Annual report of the Punjab Veterinary College and of the Civil Veterinary Department, Punjab - 1926-1932
Year: 1926
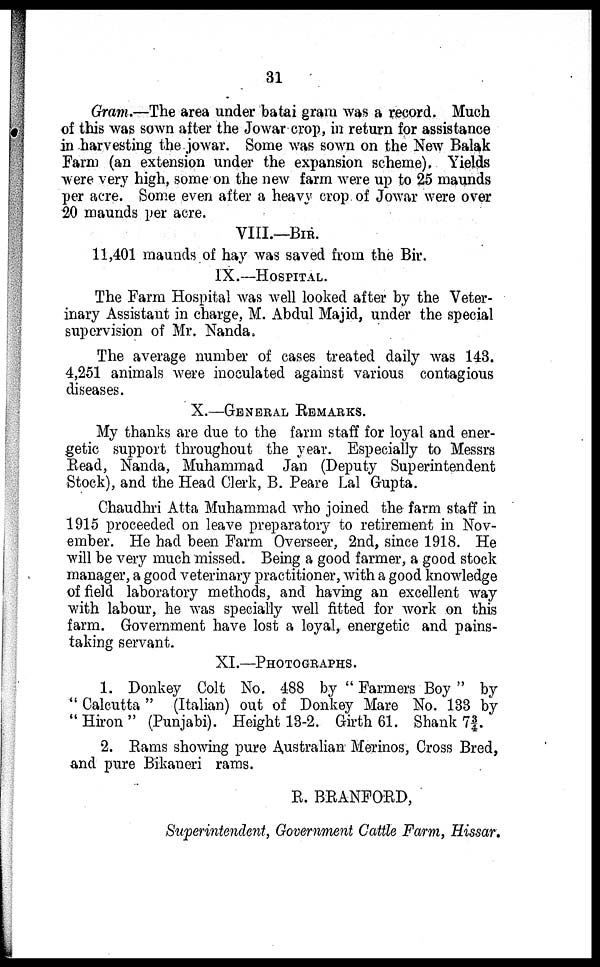
31
Gram.—The area under batai gram was a record. Much
of this was sown after the Jowar crop, in return for assistance
in harvesting the jowar. Some was sown on the New Balak
Farm (an extension under the expansion scheme). Yields
were very high, some on the new farm were up to 25 maunds
per acre. Some even after a heavy crop of Jowar were over
20 maunds per acre.
VIII.—BIR.
11,401 maunds of hay was saved from the Bir.
IX.—HOSPITAL.
The Farm Hospital was well looked after by the Veter-
inary Assistant in charge, M. Abdul Majid, under the special
supervision of Mr. Nanda,
The average number of cases treated daily was 143.
4,251 animals were inoculated against various contagious
diseases.
X.—GENERAL REMARKS.
My thanks are due to the farm staff for loyal and ener-
getic support throughout the year. Especially to Messrs
Read, Nanda, Muhammad Jan (Deputy Superintendent
Stock), and the Head Clerk, B. Peare Lal Gupta.
Chaudhri Atta Muhammad who joined the farm staff in
1915 proceeded on leave preparatory to retirement in Nov-
ember. He had been Farm Overseer, 2nd, since 1918. He
will be very much missed. Being a good farmer, a good stock
manager, a good veterinary practitioner, with a good knowledge
of field laboratory methods, and having an excellent way
with labour, he was specially well fitted for work on this
farm. Government have lost a loyal, energetic and pains-
taking servant.
XI.—PHOTOGRAPHS.
1. Donkey Colt No. 488 by " Farmers Boy " by
" Calcutta " (Italian) out of Donkey Mare No. 133 by
"Hiron" (Punjabi). Height 13-2. Girth 61. Shank 7¾.
2. Rams showing pure Australian Merinos, Cross Bred,
and pure Bikaneri rams.
R. BRANFORD,
Superintendent, Government Cattle Farm, Hissar.